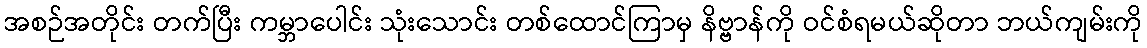
အစဉ်အတိုင်း တက်ပြီး ကမ္ဘာပေါင်း သုံးသောင်း တစ်ထောင်ကြာမှ နိဗ္ဗာန်ကို ဝင်စံရမယ်ဆိုတာ ဘယ်ကျမ်းကို